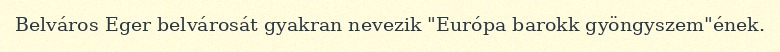
Belváros Eger belvárosát gyakran nevezik "Európa barokk gyöngyszem"ének.